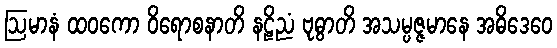
ဩမာနံ ထဝကော ဝိရောစနာတိ နဠိညံ ဗုဓွာတိ အသမ္ပဇ္ဇမာနေ အဓိဒေဝေ